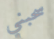
سحبني